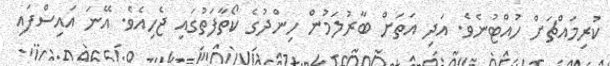
ކުރިމައްޗަށް ހުއްޓުނެވެ. އަދި އަތަށް ބާރުލަމުން ހިންދުގެ ކޯތާފަތުގައި ޖެހިއެވެ. އޭނަ އައިސްފައި